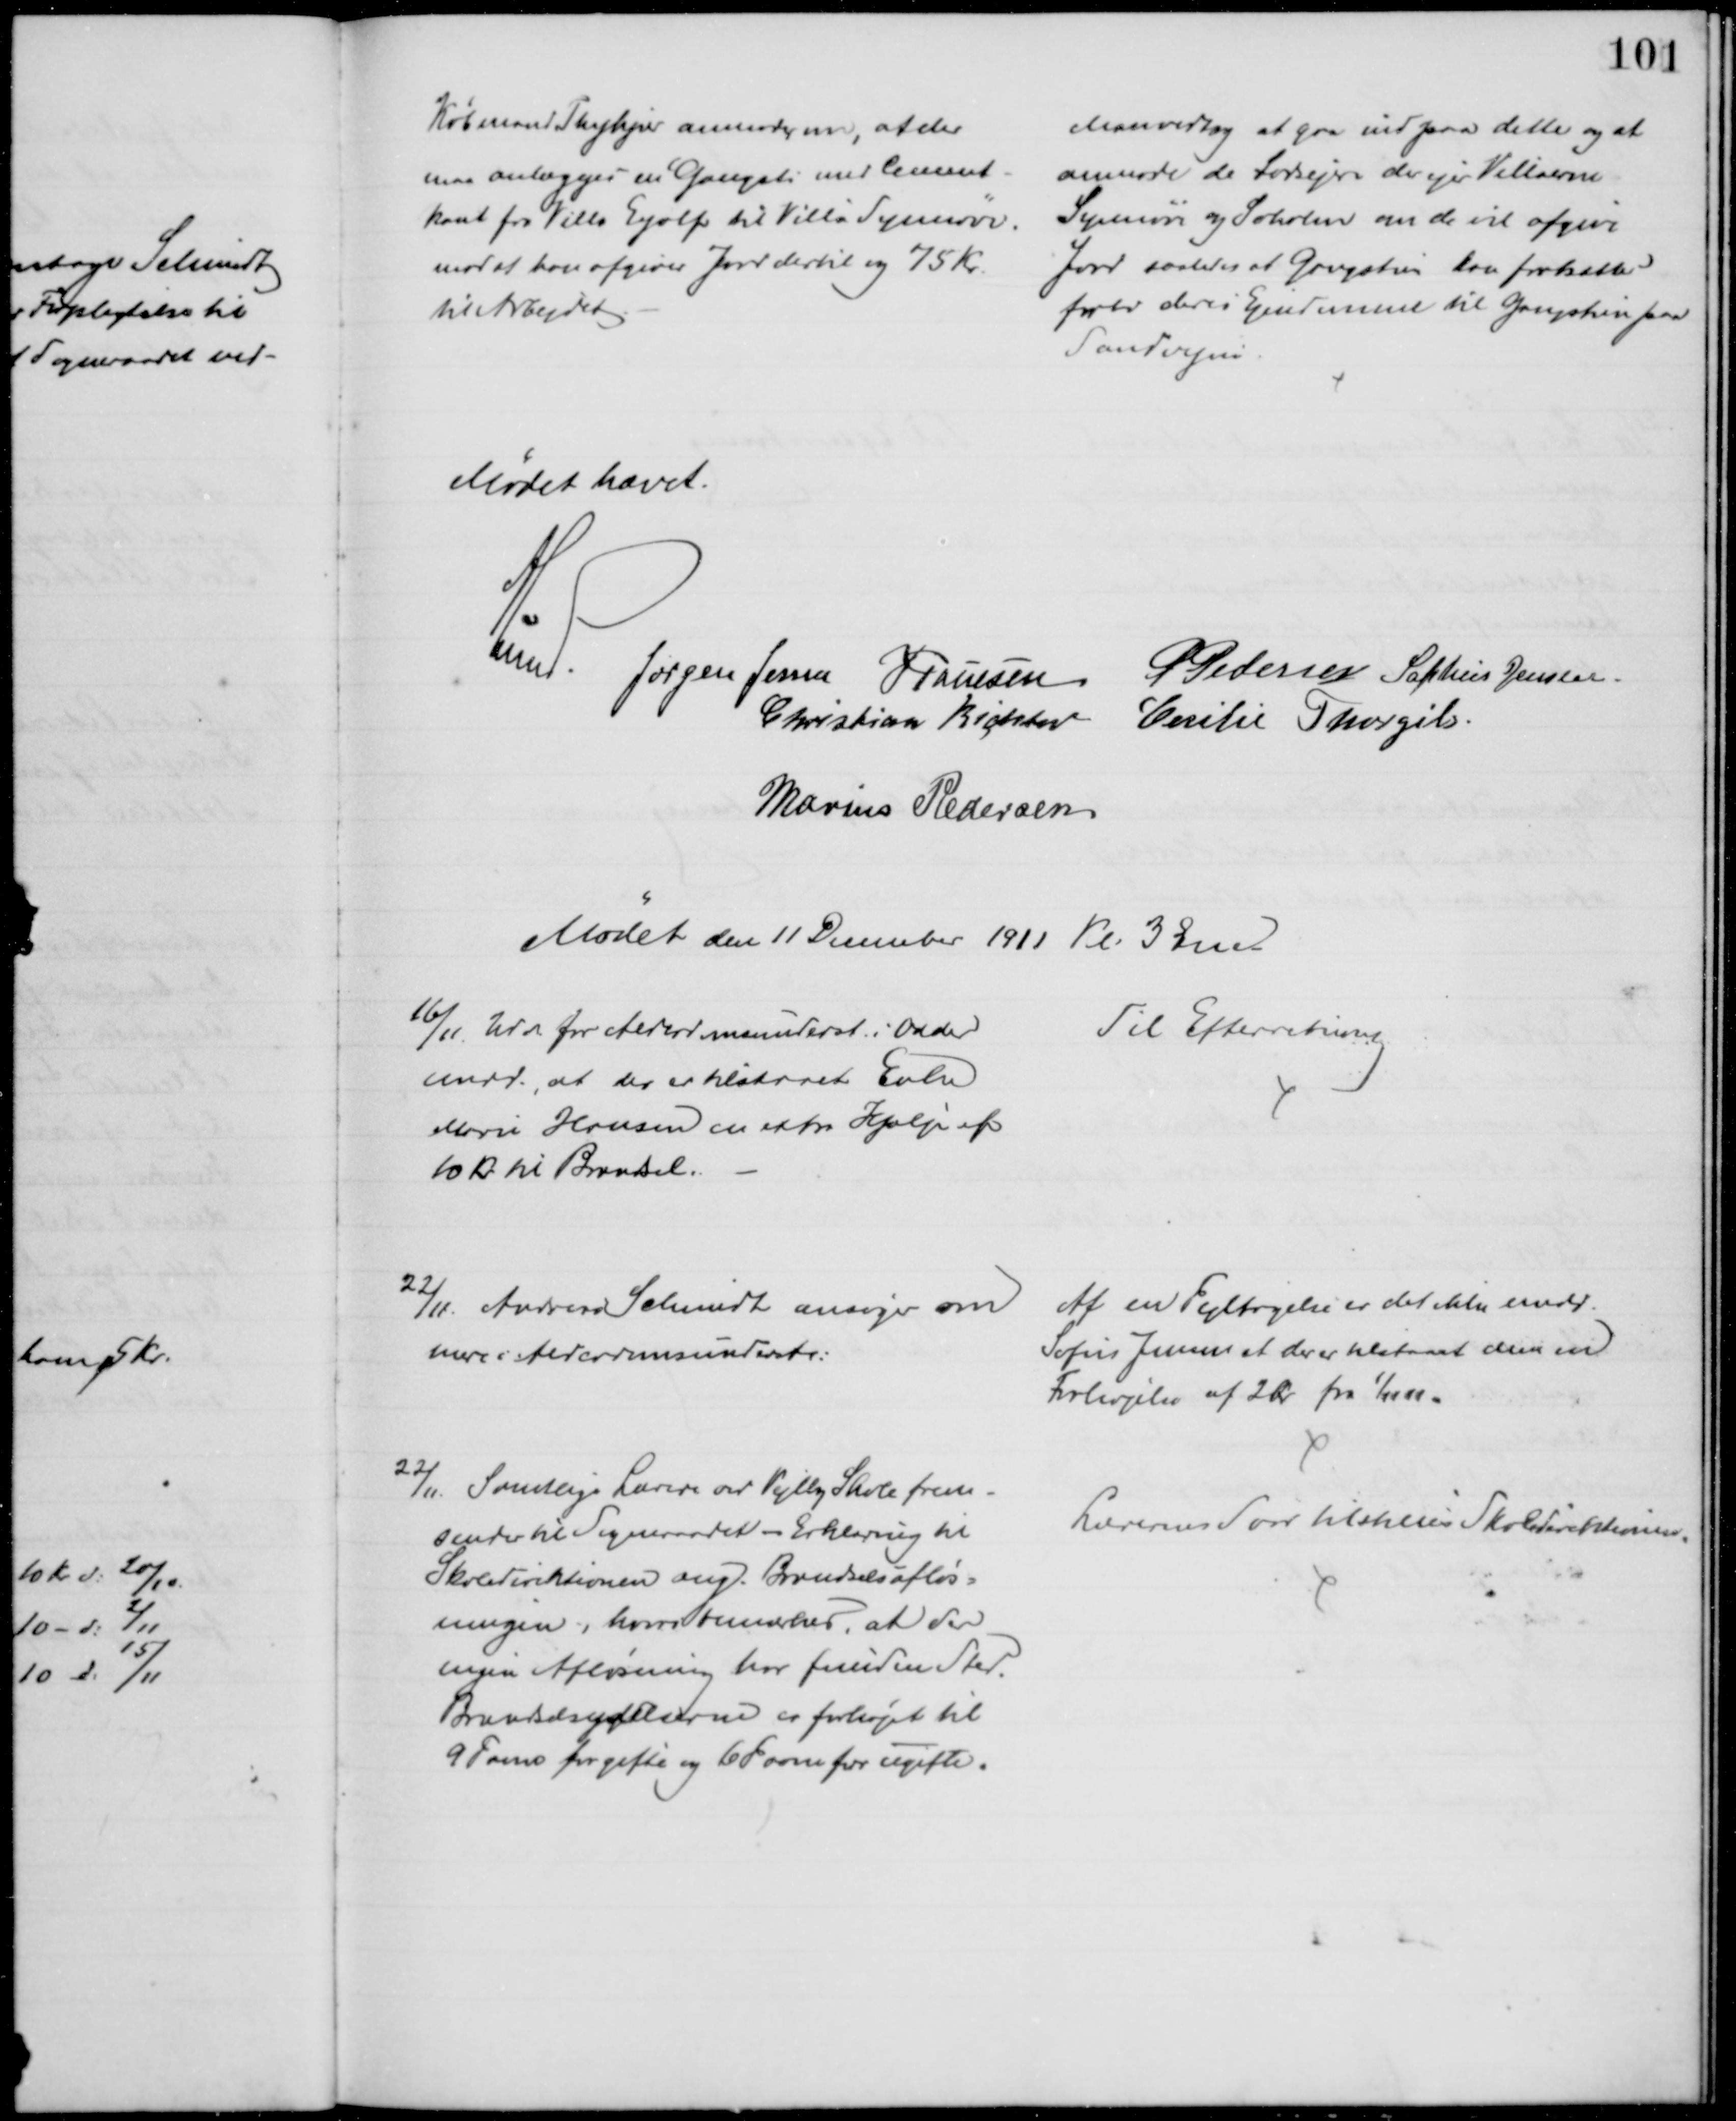
Transskription:
Købmand Thykjær anmoder om, at der
maa anlægges en Gangsti med Cement-
kant fra Villa Eyolf til Villa Synnøve
mod at han afgiver Jord dertil og 75 Kr.
til Arbejdet.
Man vedtog at gaa ind paa dette og at
anmode de Lodsejere der ejer Villaerne
Synnøve og Søholm om de vil afgive
Jord saaledes at Gangstien kan fortsætte
forbi deres Ejendomme til Gangstien paa
Sandvejen.
Mødet hævet.
A Lund. Jørgen Jensen J Poulsen
P Pedersen Sophus Jensen.
Christian Richter Cecilie Thorgils.
Marius Pedersen
Mødet den 11 December 1911 Kl. 3 Emd
16/11. Udv for Alderdomsunderst. i Odder
medd., at der tilstaaet Enken
Marie Hansen en extra Hjælp af
10 Kr. til Brændsel.
Til Efterretning
22/11. Andreas Schmidt ansøger om
mere i Alderdomsunderst.
Af en Fejltagelse er det ikke medd.
Sofus Jensen at der er tilstaaet dem en
Forhøjelse af 2 kr fra 1/11 11.
22/11. Samtlige Lærere ved Vejlby Skole frem-
sender til Sogneraadet - Erklæring til
Skoledirektionen ang. Brændselsafløs-
ningen, hvori bemærkes, at der
ingen Afløsning har funden Sted.
Brændselsydelserne er forhøjet til
9 Favne for gifte og 6 Favne for ugifte.
Lærerens Svar tilstilles Skoledirektionen.